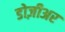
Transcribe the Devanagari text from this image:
डोज़ीअर